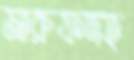
মারুফদহ